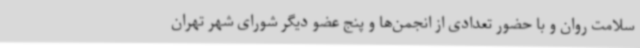
سلامت روان و با حضور تعدادی از انجمن‌ها و پنج عضو دیگر شورای شهر تهران